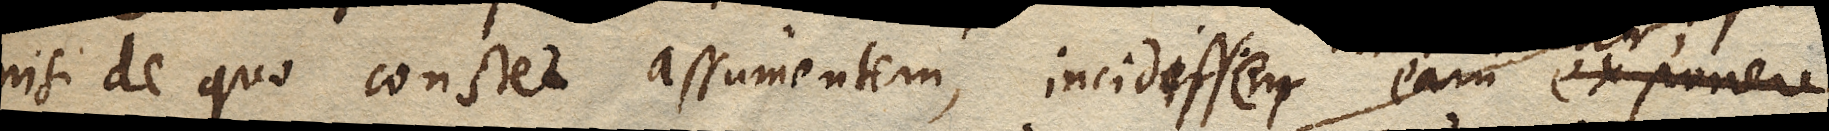
nisi de quo constet assumentem, incidissem eam exponere